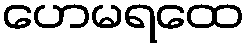
ဟေမရထေ